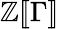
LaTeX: \mathbb{Z}[\! [\Gamma]\! ]